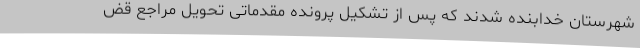
شهرستان خدابنده شدند که پس از تشکیل پرونده مقدماتی تحویل مراجع قض